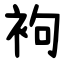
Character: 袧